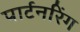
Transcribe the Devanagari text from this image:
पार्टनरिंग